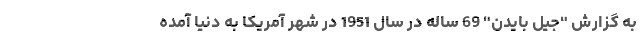
به گزارش "جیل بایدن" 69 ساله در سال 1951 در شهر آمریکا به دنیا آمده